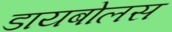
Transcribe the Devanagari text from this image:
डायबोलस